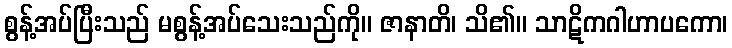
စွန့်အပ်ပြီးသည် မစွန့်အပ်သေးသည်ကို။ ဇာနာတိ၊ သိ၏။ သာဋိကဂါဟာပကော၊